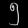
Digit: ၅